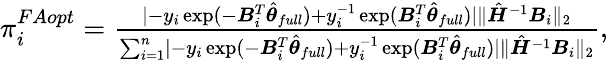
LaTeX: \begin{array}{r}{\pi_{i}^{FAopt}=\frac{\lvert-y_{i}\exp(-\boldsymbol{B}_{i}^{T}\hat{\boldsymbol{\theta}}_{full})+y_{i}^{-1}\exp(\boldsymbol{B}_{i}^{T}\hat{\boldsymbol{\theta}}_{full})\rvert\Vert\hat{\boldsymbol{H}}^{-1}\boldsymbol{B}_{i}\Vert_{2}}{\sum_{i=1}^{n}\lvert-y_{i}\exp(-\boldsymbol{B}_{i}^{T}\hat{\boldsymbol{\theta}}_{full})+y_{i}^{-1}\exp(\boldsymbol{B}_{i}^{T}\hat{\boldsymbol{\theta}}_{full})\rvert\Vert\hat{\boldsymbol{H}}^{-1}\boldsymbol{B}_{i}\Vert_{2}},}\end{array}